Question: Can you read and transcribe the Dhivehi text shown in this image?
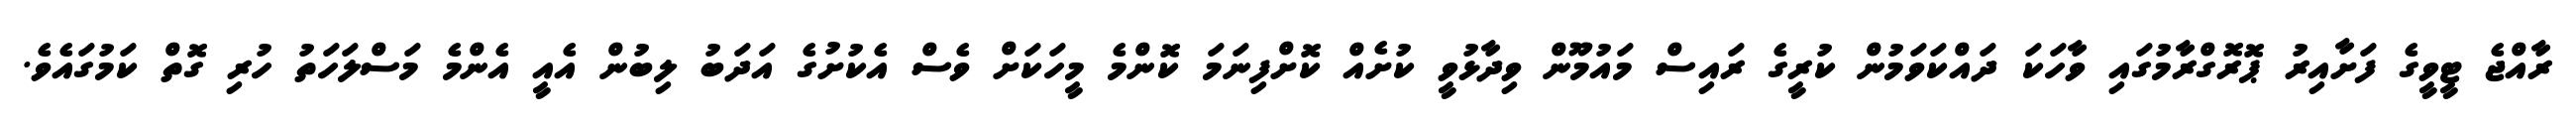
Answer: ރާއްޖެ ޓީވީގެ ފަށާއިރު ޕޮރޮގްރާމުގައި ވާހަކަ ދައްކަވަމުން ކުރީގެ ރައިސް މައުމޫން ވިދާޅުވީ ކުށެއް ކޮށްފިނަމަ ކޮންމެ މީހަކަށް ވެސް އެކުށުގެ އަދަބު ލިބުން އެއީ އެންމެ މަސްލަހަތު ހުރި ގޮތް ކަމުގައެވެ.